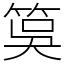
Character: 筽